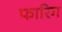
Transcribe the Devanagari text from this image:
फारिग